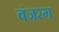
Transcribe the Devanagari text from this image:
बंजरग